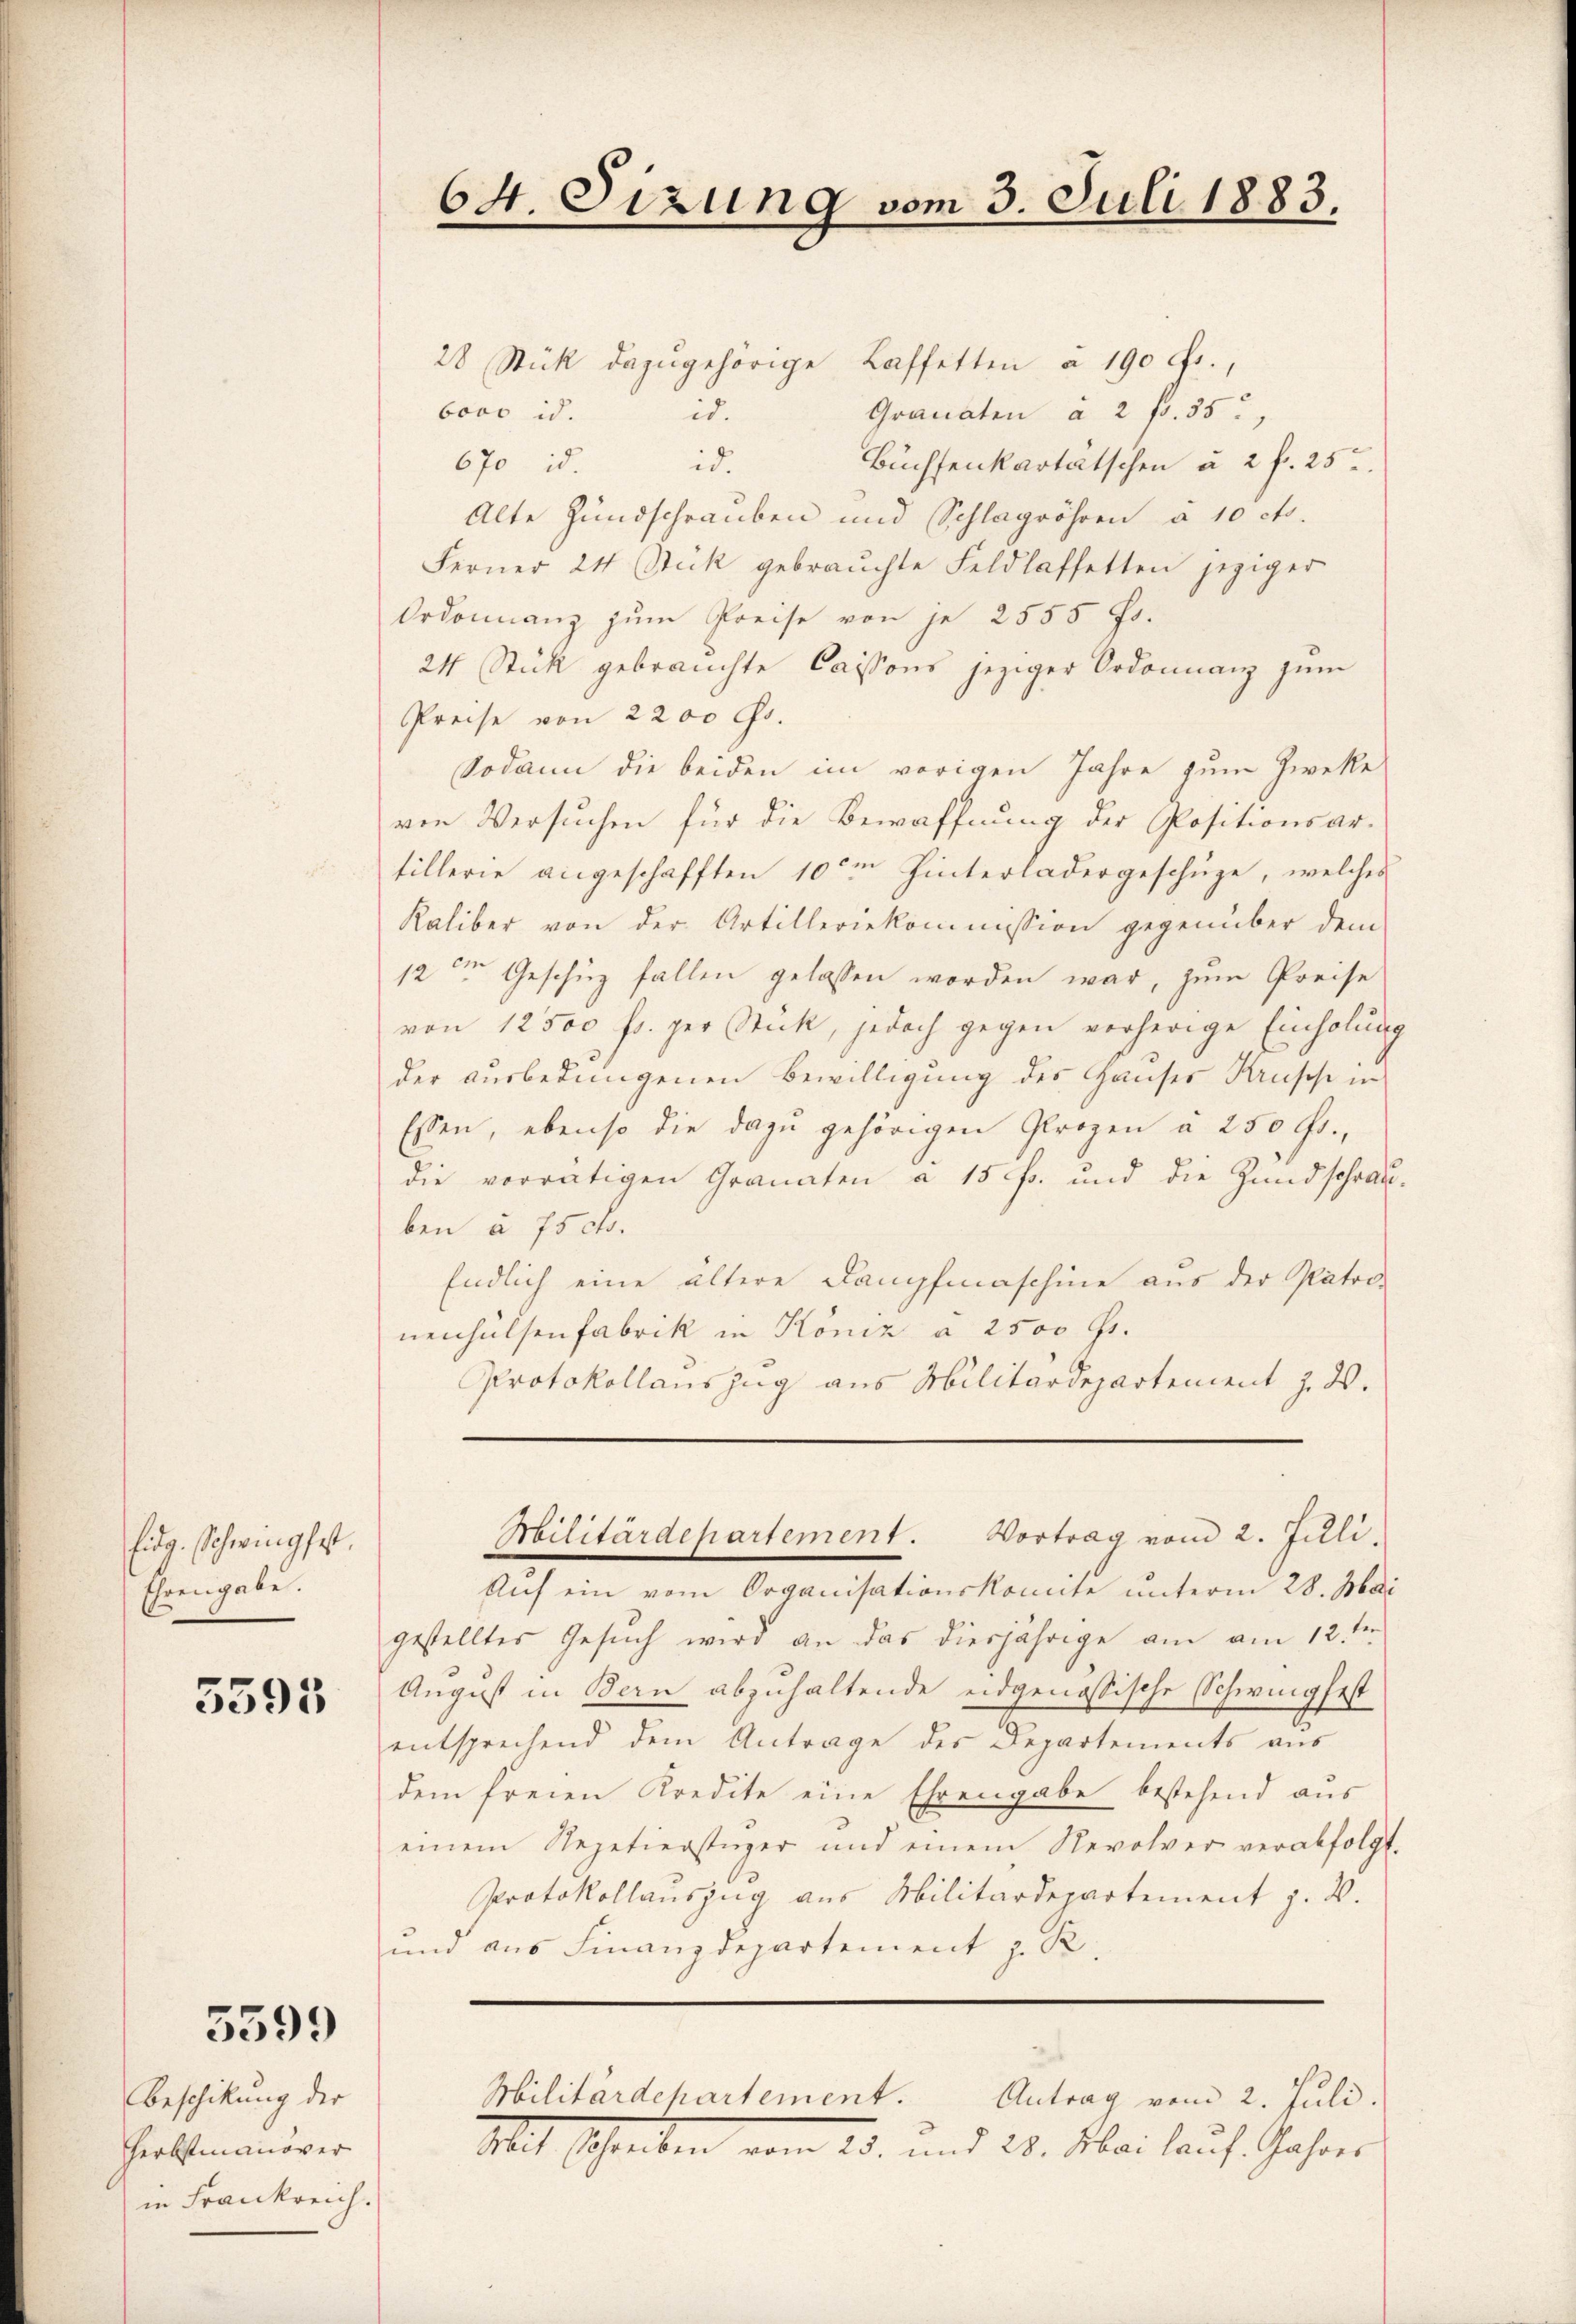
Eidg. Schwingfest,
Ehrengabe.

5595

5599

Beschickung der
Herbstmanover
in Frankreich.

28 Stück dazugehörige Kaffetten a 190 Fr.,
bovo id.
i
Granaten a 2 fr. 35
670 id id.
Büchsenkartätschen u. 2 f. 25.
Alte Hundschrauben und Schlagröhren à 10 cts.
Ferner 24 Stück gebrauchte Feld laffetten jeziger
Ordonnanz zum Preise von je 2555 f.
24 Stück gebrauchte Cassons jeziger Ordonnanz zum
Preise von 2200 Gs.
Sodann die beiden im vorigen Jahre zum Zwecke
von Versuchen für die Bewaffnung der Positionsar-
tillerie angeschafften 10ten Hinterladergeschüge, welches
Kaliber von der Artilleriekommission gegenüber dem
12ten Geschüz fallen gelassen worden war, zum Preise
von 12500 fr. per Stick, jedoch gegen vorherige Einholung
der ausbedungenen Bewilligung des Hauses Krusche in
Essen, ebenso die dazu gehörigen Prozen a 250 Fr.,
die vorrätigen Granaten a 15 f. und die Hundschrau-
ben a. 75cts.
Endlich eine ältere Dampfmaschine aus der Pater-
nenhülsenfabrik in Köniz a 2500 Gs.
Protokollauszug aus Militärdepartement z. W.

64. Sizung vom 3. Juli 1883.

Aŭf ein vom Organisationskomite unterm 28. Mai
gestelltes Gesuch wird an das diesjährige am am 12.ten
August in Bern abzuhaltende eidgenössische Schwingfest
entsprechend dem Antrage des Departements aus
dem freien Kredite eine Ehrengabe bestehend aus
einem Repetierstüger und einem Revolver verabfolgt.
Protokollauszug aus Militärdepartement J. V.
und aus Finanzdepartement z. R.

Militärdepartement. Vortrag vom 2. Juli.

Militärdepartement.
Antrag vom 2. Juli.

Mit Schreiben vom 25. und 20. Mai lauf Jahres